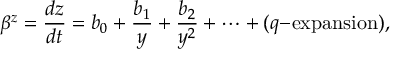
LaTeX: \beta ^ { z } = \frac { d z } { d t } = b _ { 0 } + \frac { b _ { 1 } } { y } + \frac { b _ { 2 } } { y ^ { 2 } } + \dots + ( q \mathrm { - e x p a n s i o n } ) ,